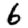
Digit: 6